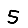
Digit: 5